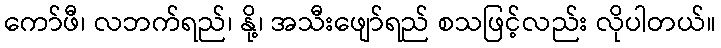
ကော်ဖီ၊ လဘက်ရည်၊ နို့၊ အသီးဖျော်ရည် စသဖြင့်လည်း လိုပါတယ်။